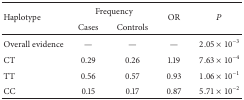
<table><thead><tr><td rowspan="2"><b>Haplotype</b></td><td colspan="2"><b>Frequency</b></td><td rowspan="2"><b>OR</b></td><td rowspan="2"><b><i>P</i></b></td></tr><tr><td><b>Cases</b></td><td><b>Controls</b></td></tr></thead><tbody><tr><td>Overall evidence</td><td>—</td><td>—</td><td>—</td><td>2.05 × 10<sup>−3</sup></td></tr><tr><td>CT</td><td>0.29</td><td>0.26</td><td>1.19</td><td>7.63 × 10<sup>−4</sup></td></tr><tr><td>TT</td><td>0.56</td><td>0.57</td><td>0.93</td><td>1.06 × 10<sup>−1</sup></td></tr><tr><td>CC</td><td>0.15</td><td>0.17</td><td>0.87</td><td>5.71 × 10<sup>−2</sup></td></tr></tbody></table>